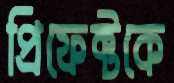
প্রিফেক্টকে